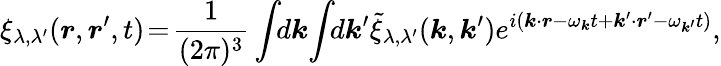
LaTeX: \xi_{\lambda,\lambda^{\prime}}(\boldsymbol{r},\boldsymbol{r}^{\prime},t)\! =\! \frac{1}{(2\pi)^{3}}\int\! \! d\boldsymbol{k}\! \int\! \! d\boldsymbol{k}^{\prime}\tilde{\xi}_{\lambda,\lambda^{\prime}}(\boldsymbol{k},\boldsymbol{k}^{\prime})e^{i(\boldsymbol{k}\cdot\boldsymbol{r}-\omega_{\boldsymbol{k}}t+\boldsymbol{k}^{\prime}\cdot\boldsymbol{r}^{\prime}-\omega_{\boldsymbol{k}^{\prime}}t)},